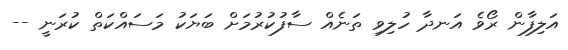
އަލިފާން ރޯވެ އަނދާ ހުލިވި ތަނެއް ސާފުކުރުމަށް ބަޔަކު މަސައްކަތް ކުރަނީ --